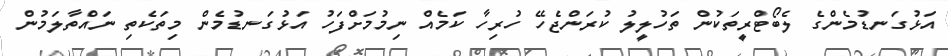
އަޅުގަނޑުމެންގެ ލެބޯޓްރީތަކުން ތަހުލީލު ކުރަންޖެހޭ ހުރިހާ ކަމެއް ނިމުމަށްފަހު އަޅުގަނޑުމެން މިތަކެތި ނައްތާލަމުން